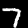
Digit: 7